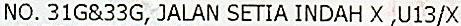
NO. 31G&33G, JALAN SETIA INDAH X ,U13/X